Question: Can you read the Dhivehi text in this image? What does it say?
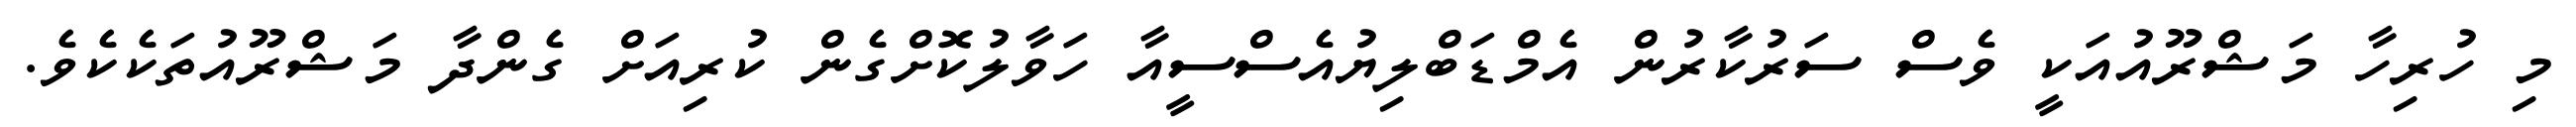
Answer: މި ހުރިހާ މަޝްރޫއުއަކީ ވެސް ސަރުކާރުން އެމްޑަބްލިޔުއެސްސީއާ ހަވާލުކޮށްގެން ކުރިއަށް ގެންދާ މަޝްރޫއުތަކެކެވެ.